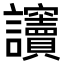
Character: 𧮡